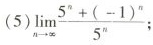
(5)$$\lim _ { n \rightarrow \infty } \frac { 5 ^ { n } + ( - 1 ) ^ { n } } { 5 ^ { n } }$$